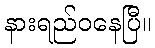
နားရည်ဝနေပြီ။